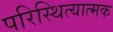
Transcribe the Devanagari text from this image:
परिस्थित्यात्मक